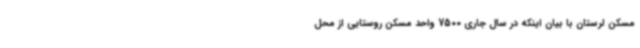
مسکن لرستان با بیان اینکه در سال جاری 7500 واحد مسکن روستایی از محل